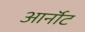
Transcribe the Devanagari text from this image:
आर्नॉट